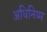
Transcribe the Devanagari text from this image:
अधिनिय्म